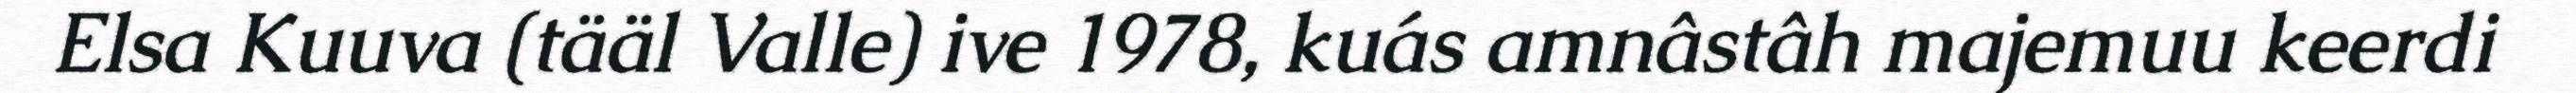
Elsa Kuuva (tääl Valle) ive 1978, kuás amnâstâh majemuu keerdi